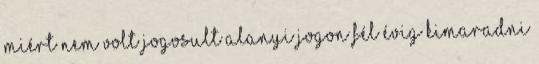
miért nem volt jogosult alanyi jogon fél évig kimaradni